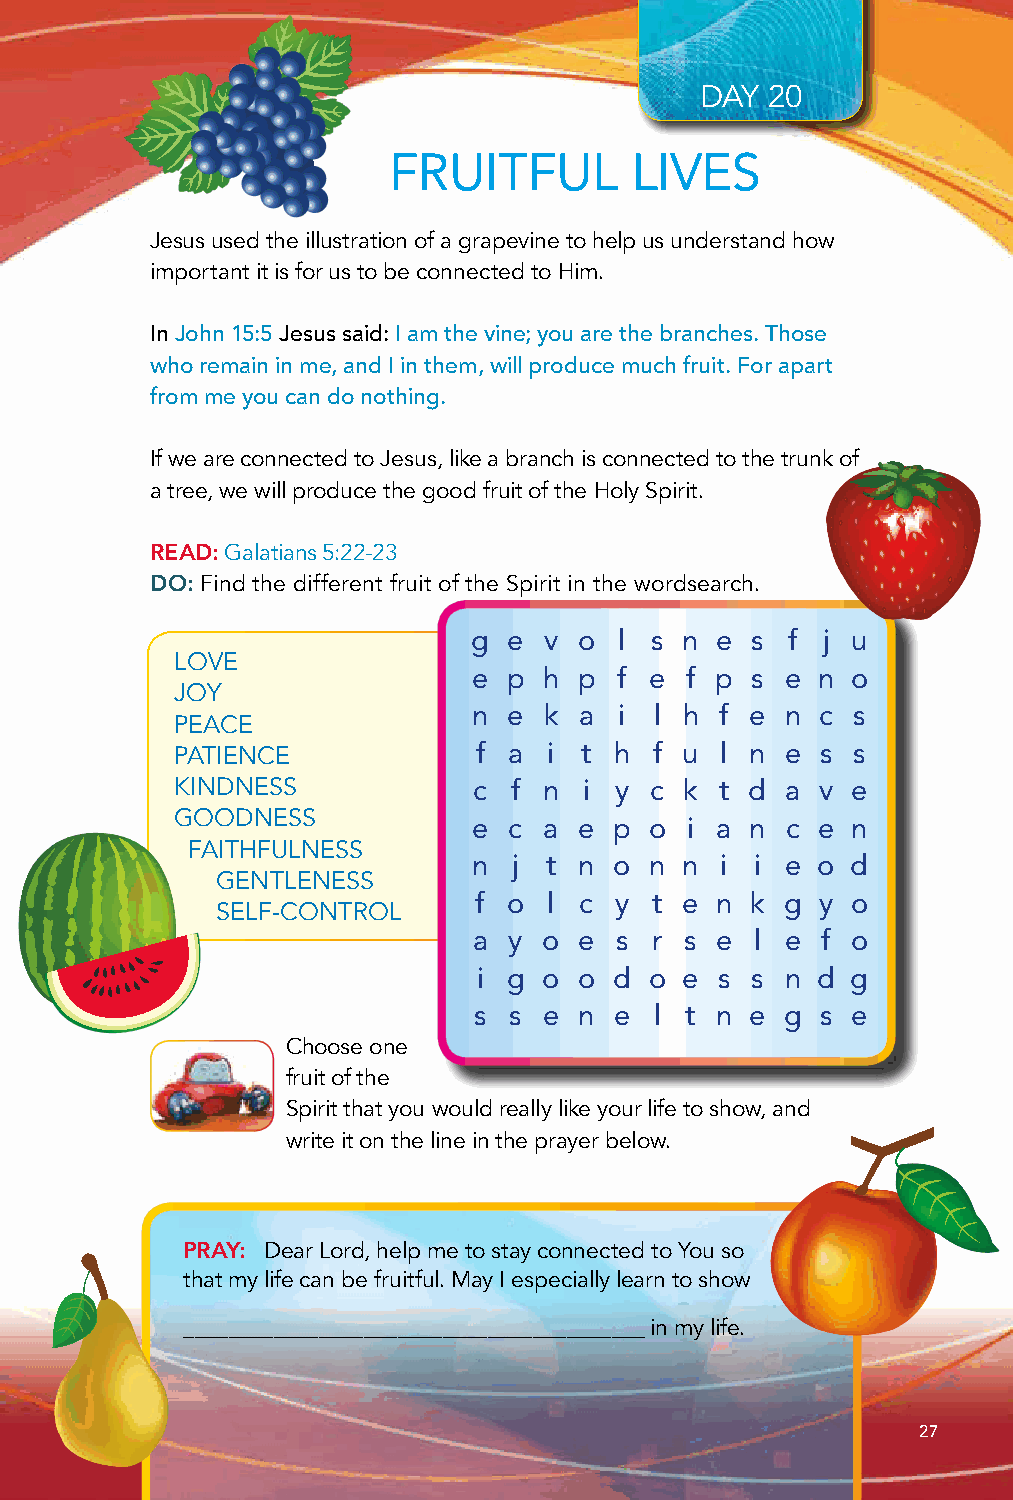
DAY  20
 FRUITFUL        LIVES
 Jesus used the illustration of a grapevine to help us understand how
 important it is for us to be connected to Him.
 In John 15:5 Jesus said: I am the vine; you are the branches. Those
 who remain in me, and I in them, will produce much fruit. For apart
 from me you can do nothing.
 If we are connected to Jesus, like a branch is connected to the trunk of
 a tree, we will produce the good fruit of the Holy Spirit.
 READ: Galatians 5:22-23
 DO: Find the different fruit of the Spirit in the wordsearch.
 g  e v o  l s n e  s f j u
 LOVE
 e  p h p  f e f p  s e n o
 JOY
 n  e k a  i l h  f e n c s
 PEACE
 f  a i t  h f u  l n e s s
 PATIENCE
 KINDNESS           c  f n  i y c k  t d a v e
 GOODNESS           e  c a e  p o i a  n c e n
 FAITHFULNESS
 n  j t n  o n n  i i e o d
 GENTLENESS
 f  o l c  y t e n  k g y o
 SELF-CONTROL
 a  y o e  s r s e  l e f o
 i g o o  d o e s  s n d g
 s  s e n  e l t n  e g s e
 Choose one
 fruit of the
 Spirit that you would really like your life to show, and
 write it on the line in the prayer below.
 PRAY: Dear Lord, help me to stay connected to You so
 that my life can be fruitful. May I especially learn to show
 _________________________________________ in my life.
 27